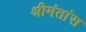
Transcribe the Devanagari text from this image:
श्रीमंतांस